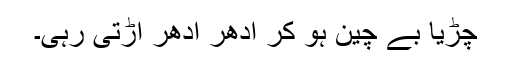
چڑیا بے چین ہو کر ادھر ادھر اڑتی رہی۔